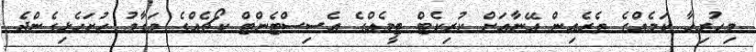
މިހުރިހާ ކަމެއްގެ ތެރެއިން އޭނާއަށް ކުރިކެޓް ޓީމެއްގެ އެސިސްޓެންޓް ކޯޗެއްގެ މަގާމު ހުށަހެޅިގެންދެ